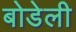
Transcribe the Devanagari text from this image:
बोडेली